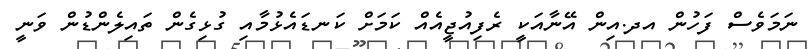
ނަމަވެސް ފަހުން އދ.އިން އޭނާއަކީ ރެފިއުޖީއެއް ކަމަށް ކަނޑައެޅުމާއި ގުޅިގެން ތައިލެންޑުން ވަނީ